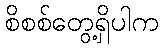
စိစစ်တွေ့ရှိပါက